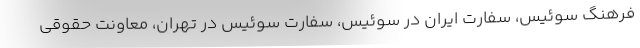
فرهنگ سوئیس، سفارت ایران در سوئیس، سفارت سوئیس در تهران، معاونت حقوقی